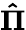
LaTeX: \mathbf{\hat{\Pi}}